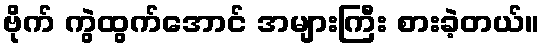
ဗိုက် ကွဲထွက်အောင် အများကြီး စားခဲ့တယ်။